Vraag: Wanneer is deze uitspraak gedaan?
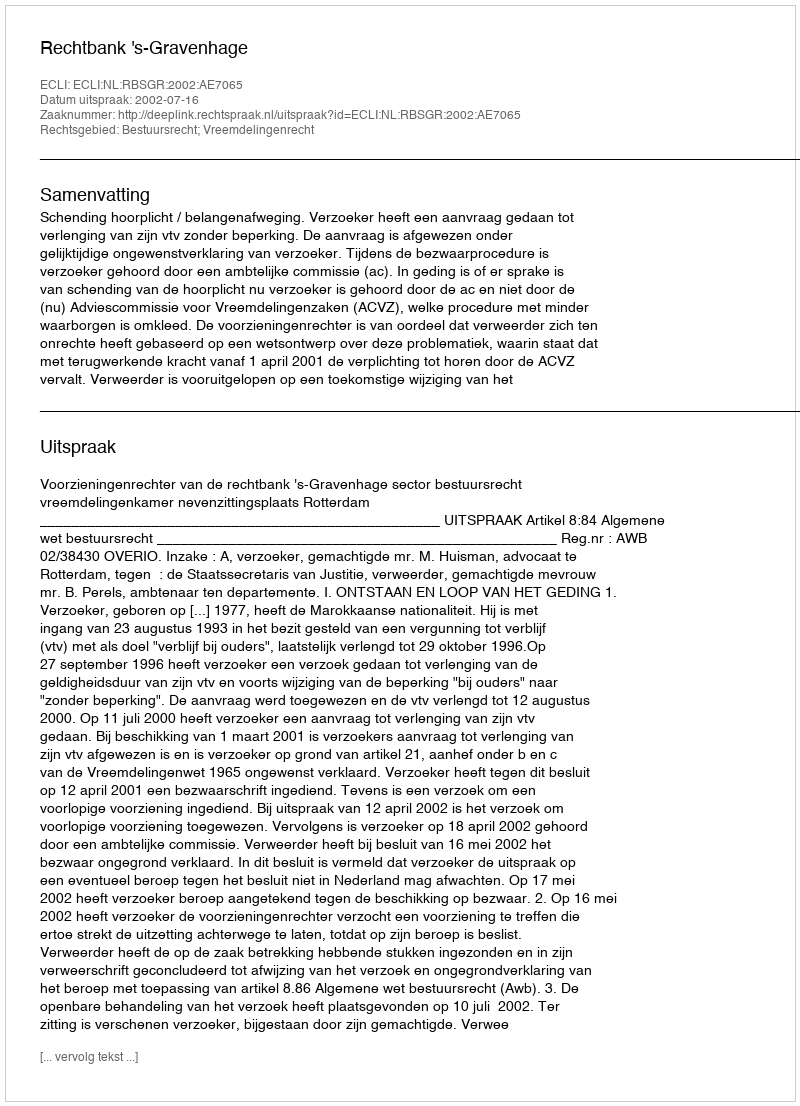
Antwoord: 2002-07-16